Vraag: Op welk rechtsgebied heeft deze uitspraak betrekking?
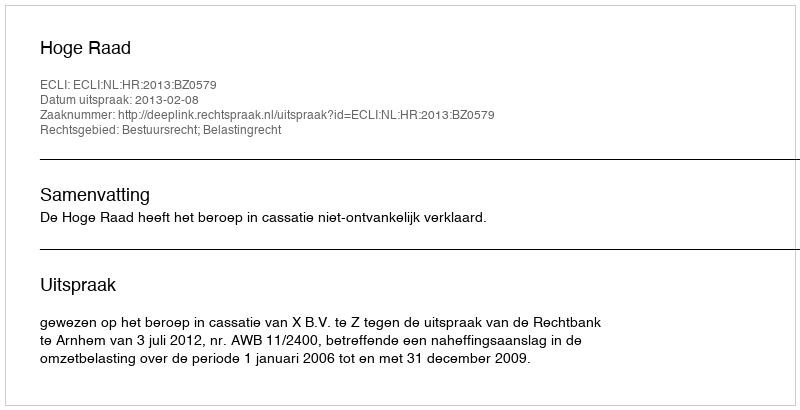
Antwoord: Bestuursrecht; Belastingrecht